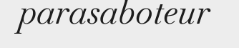
parasaboteur